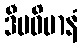
ဒီပဝိမာနံ